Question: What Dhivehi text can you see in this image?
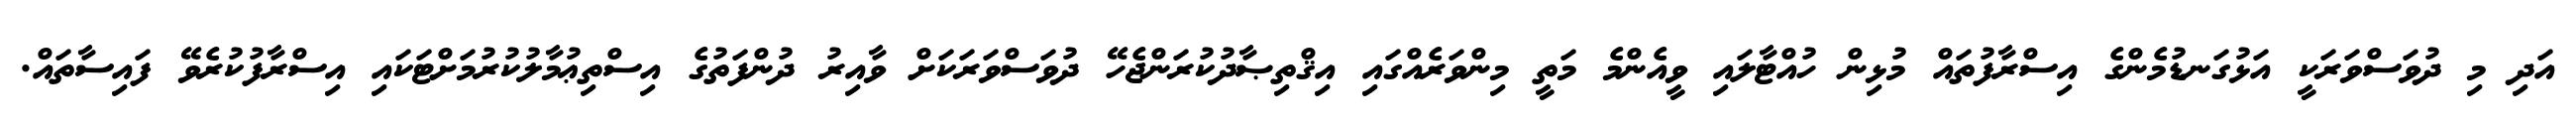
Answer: އަދި މި ދުވަސްވަރަކީ އަޅުގަނޑުމެންގެ އިސްރާފުތައް މުޅިން ހުއްޓާލައި ވީއެންމެ މަތީ މިންވަރެއްގައި އިޤްތިޞާދުކުރަންޖެހޭ ދުވަސްވަރަކަށް ވާއިރު ދުންފަތުގެ އިސްތިޢުމާލުކުރުމަށްޓަކައި އިސްރާފުކުރެވޭ ފައިސާތައް.